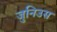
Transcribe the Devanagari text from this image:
जुनिउस